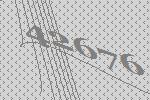
42676